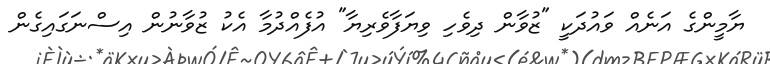
ޔާމީންގެ އަނެއް ވައުދަކީ "ޒުވާން ދިވެހި ވިޔަފާވެރިޔާ" އުފެއްދުމާ އެކު ޒުވާނުން އިސްނަގައިގެން